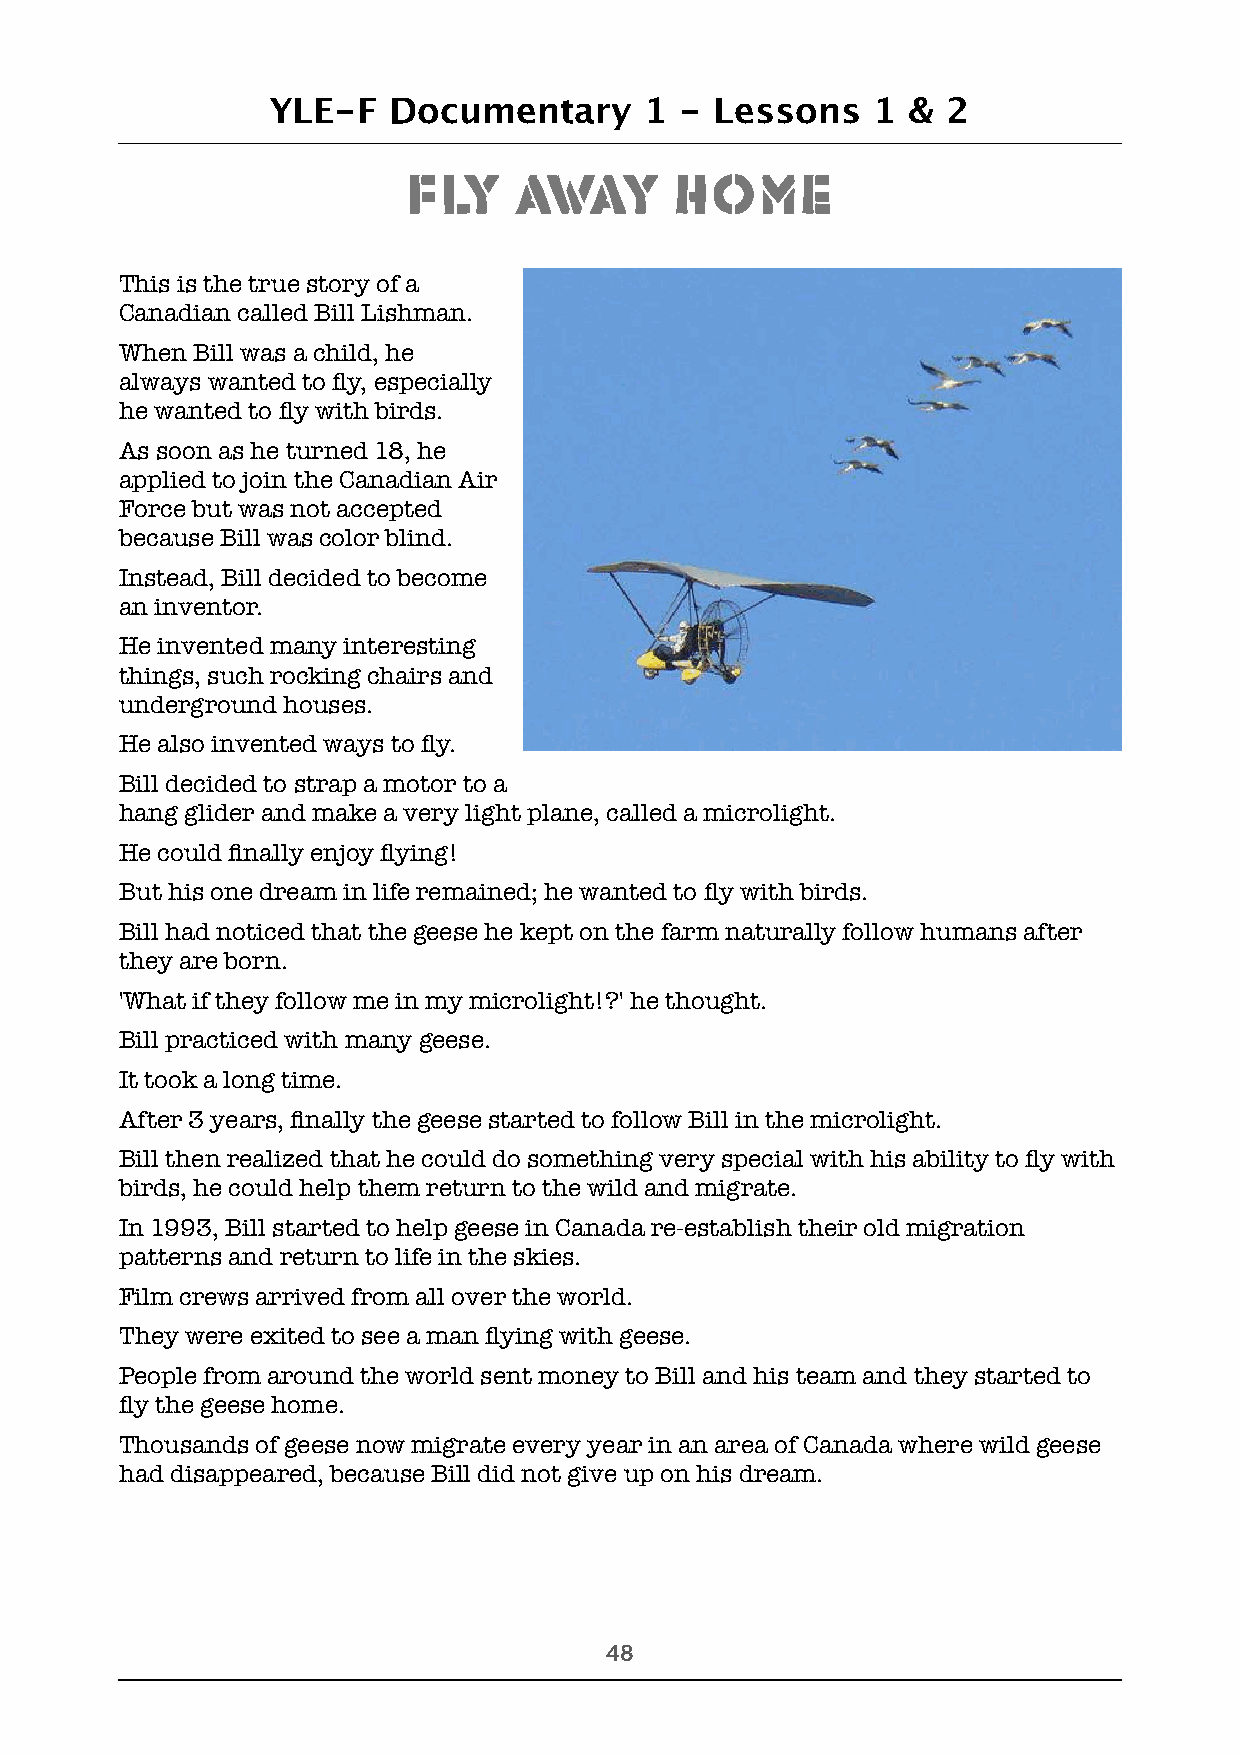
YLE-F   Documentary      1 - Lessons    1 &  2
 Fly    Away       Home
 This is the true story of a
 Canadian called Bill Lishman.
 When Bill was a child, he
 always wanted to fly, especially
 he wanted to fly with birds.
 As soon as he turned 18, he
 applied to join the Canadian Air
 Force but was not accepted
 because Bill was color blind.
 Instead, Bill decided to become
 an inventor.
 He invented many interesting
 things, such rocking chairs and
 underground houses.
 He also invented ways to fly.
 Bill decided to strap a motor to a
 hang glider and make a very light plane, called a microlight.
 He could finally enjoy flying!
 But his one dream in life remained; he wanted to fly with birds.
 Bill had noticed that the geese he kept on the farm naturally follow humans after
 they are born.
 'What if they follow me in my microlight!?' he thought.
 Bill practiced with many geese.
 It took a long time.
 After 3 years, finally the geese started to follow Bill in the microlight.
 Bill then realized that he could do something very special with his ability to fly with
 birds, he could help them return to the wild and migrate.
 In 1993, Bill started to help geese in Canada re-establish their old migration
 patterns and return to life in the skies.
 Film crews arrived from all over the world.
 They were exited to see a man flying with geese.
 People from around the world sent money to Bill and his team and they started to
 fly the geese home.
 Thousands of geese now migrate every year in an area of Canada where wild geese
 had disappeared, because Bill did not give up on his dream.
 !48